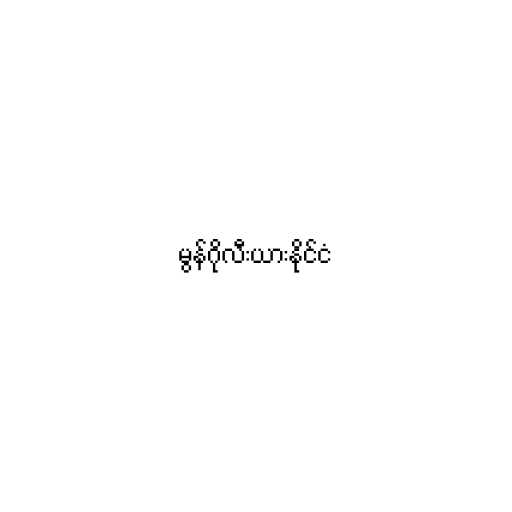
မွန်ဂိုလီးယားနိုင်ငံ